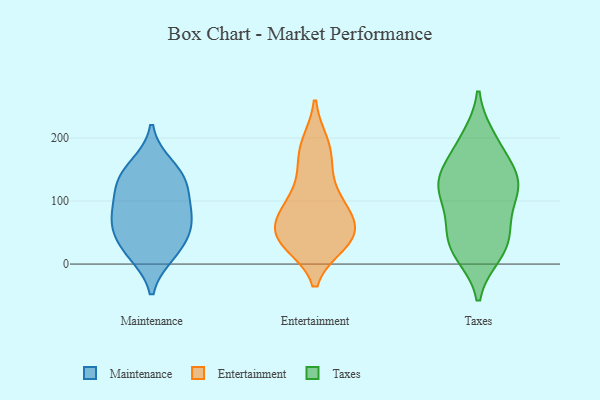
{"axis": {"x": "Backlog", "y": "Value"}, "legend": ["Entertainment", "Maintenance", "Taxes"], "data": [{"x": "", "y": 135, "type": "Maintenance"}, {"x": "", "y": 84, "type": "Maintenance"}, {"x": "", "y": 113, "type": "Maintenance"}, {"x": "", "y": 133, "type": "Maintenance"}, {"x": "", "y": 17, "type": "Maintenance"}, {"x": "", "y": 156, "type": "Maintenance"}, {"x": "", "y": 68, "type": "Maintenance"}, {"x": "", "y": 70, "type": "Maintenance"}, {"x": "", "y": 22, "type": "Maintenance"}, {"x": "", "y": 48, "type": "Maintenance"}, {"x": "", "y": 86, "type": "Entertainment"}, {"x": "", "y": 57, "type": "Entertainment"}, {"x": "", "y": 138, "type": "Entertainment"}, {"x": "", "y": 35, "type": "Entertainment"}, {"x": "", "y": 43, "type": "Entertainment"}, {"x": "", "y": 83, "type": "Entertainment"}, {"x": "", "y": 38, "type": "Entertainment"}, {"x": "", "y": 100, "type": "Entertainment"}, {"x": "", "y": 33, "type": "Entertainment"}, {"x": "", "y": 191, "type": "Entertainment"}, {"x": "", "y": 164, "type": "Entertainment"}, {"x": "", "y": 42, "type": "Entertainment"}, {"x": "", "y": 187, "type": "Entertainment"}, {"x": "", "y": 93, "type": "Entertainment"}, {"x": "", "y": 53, "type": "Entertainment"}, {"x": "", "y": 125, "type": "Taxes"}, {"x": "", "y": 126, "type": "Taxes"}, {"x": "", "y": 106, "type": "Taxes"}, {"x": "", "y": 196, "type": "Taxes"}, {"x": "", "y": 59, "type": "Taxes"}, {"x": "", "y": 133, "type": "Taxes"}, {"x": "", "y": 101, "type": "Taxes"}, {"x": "", "y": 30, "type": "Taxes"}, {"x": "", "y": 200, "type": "Taxes"}, {"x": "", "y": 38, "type": "Taxes"}, {"x": "", "y": 143, "type": "Taxes"}, {"x": "", "y": 16, "type": "Taxes"}, {"x": "", "y": 17, "type": "Taxes"}, {"x": "", "y": 168, "type": "Taxes"}, {"x": "", "y": 61, "type": "Taxes"}, {"x": "", "y": 134, "type": "Taxes"}]}